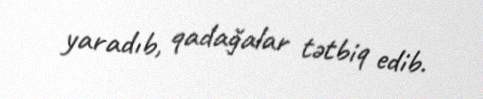
yaradıb, qadağalar tətbiq edib.